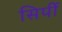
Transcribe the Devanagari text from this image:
सिर्पी